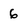
Character: 6